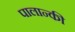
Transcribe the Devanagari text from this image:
पालान्की